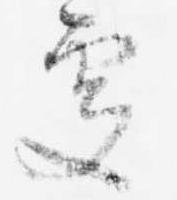
処